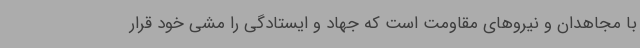
با مجاهدان و نیروهای مقاومت است که جهاد و ایستادگی را مشی خود قرار